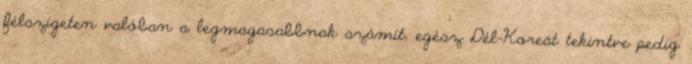
félszigeten valóban a legmagasabbnak számít, egész Dél-Koreát tekintve pedig